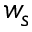
w _ { s }